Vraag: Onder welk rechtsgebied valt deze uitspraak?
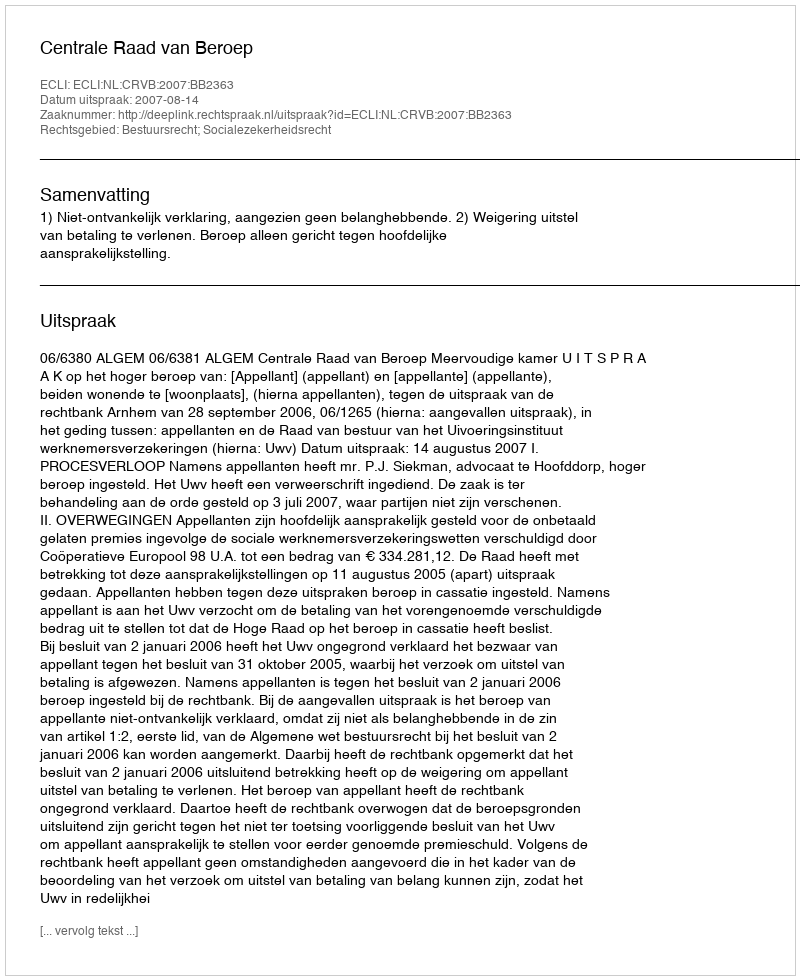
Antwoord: Bestuursrecht; Socialezekerheidsrecht